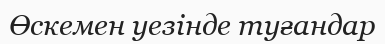
Өскемен уезінде туғандар